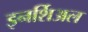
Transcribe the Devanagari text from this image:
इनर्शिअल